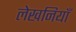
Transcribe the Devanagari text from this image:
लेखनियाँ